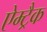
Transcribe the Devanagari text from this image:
ऐम्ट्रैक